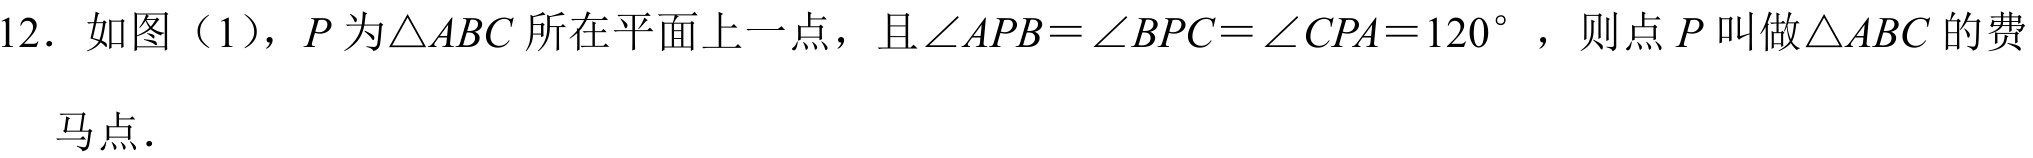
12. 如图（1），\(P\)为\(\triangle ABC\)所在平面上一点，且\(\angle APB = \angle BPC=\angle CPA = 120^{\circ}\) ，则点\(P\)叫做\(\triangle ABC\)的费
马点．